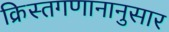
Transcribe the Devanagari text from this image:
क्रिस्तगणानानुसार